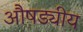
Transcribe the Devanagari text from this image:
औषड्यीय